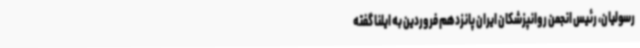
رسولیان، رئیس انجمن روانپزشکان ایران پانزدهم فروردین به ایلنا گفته